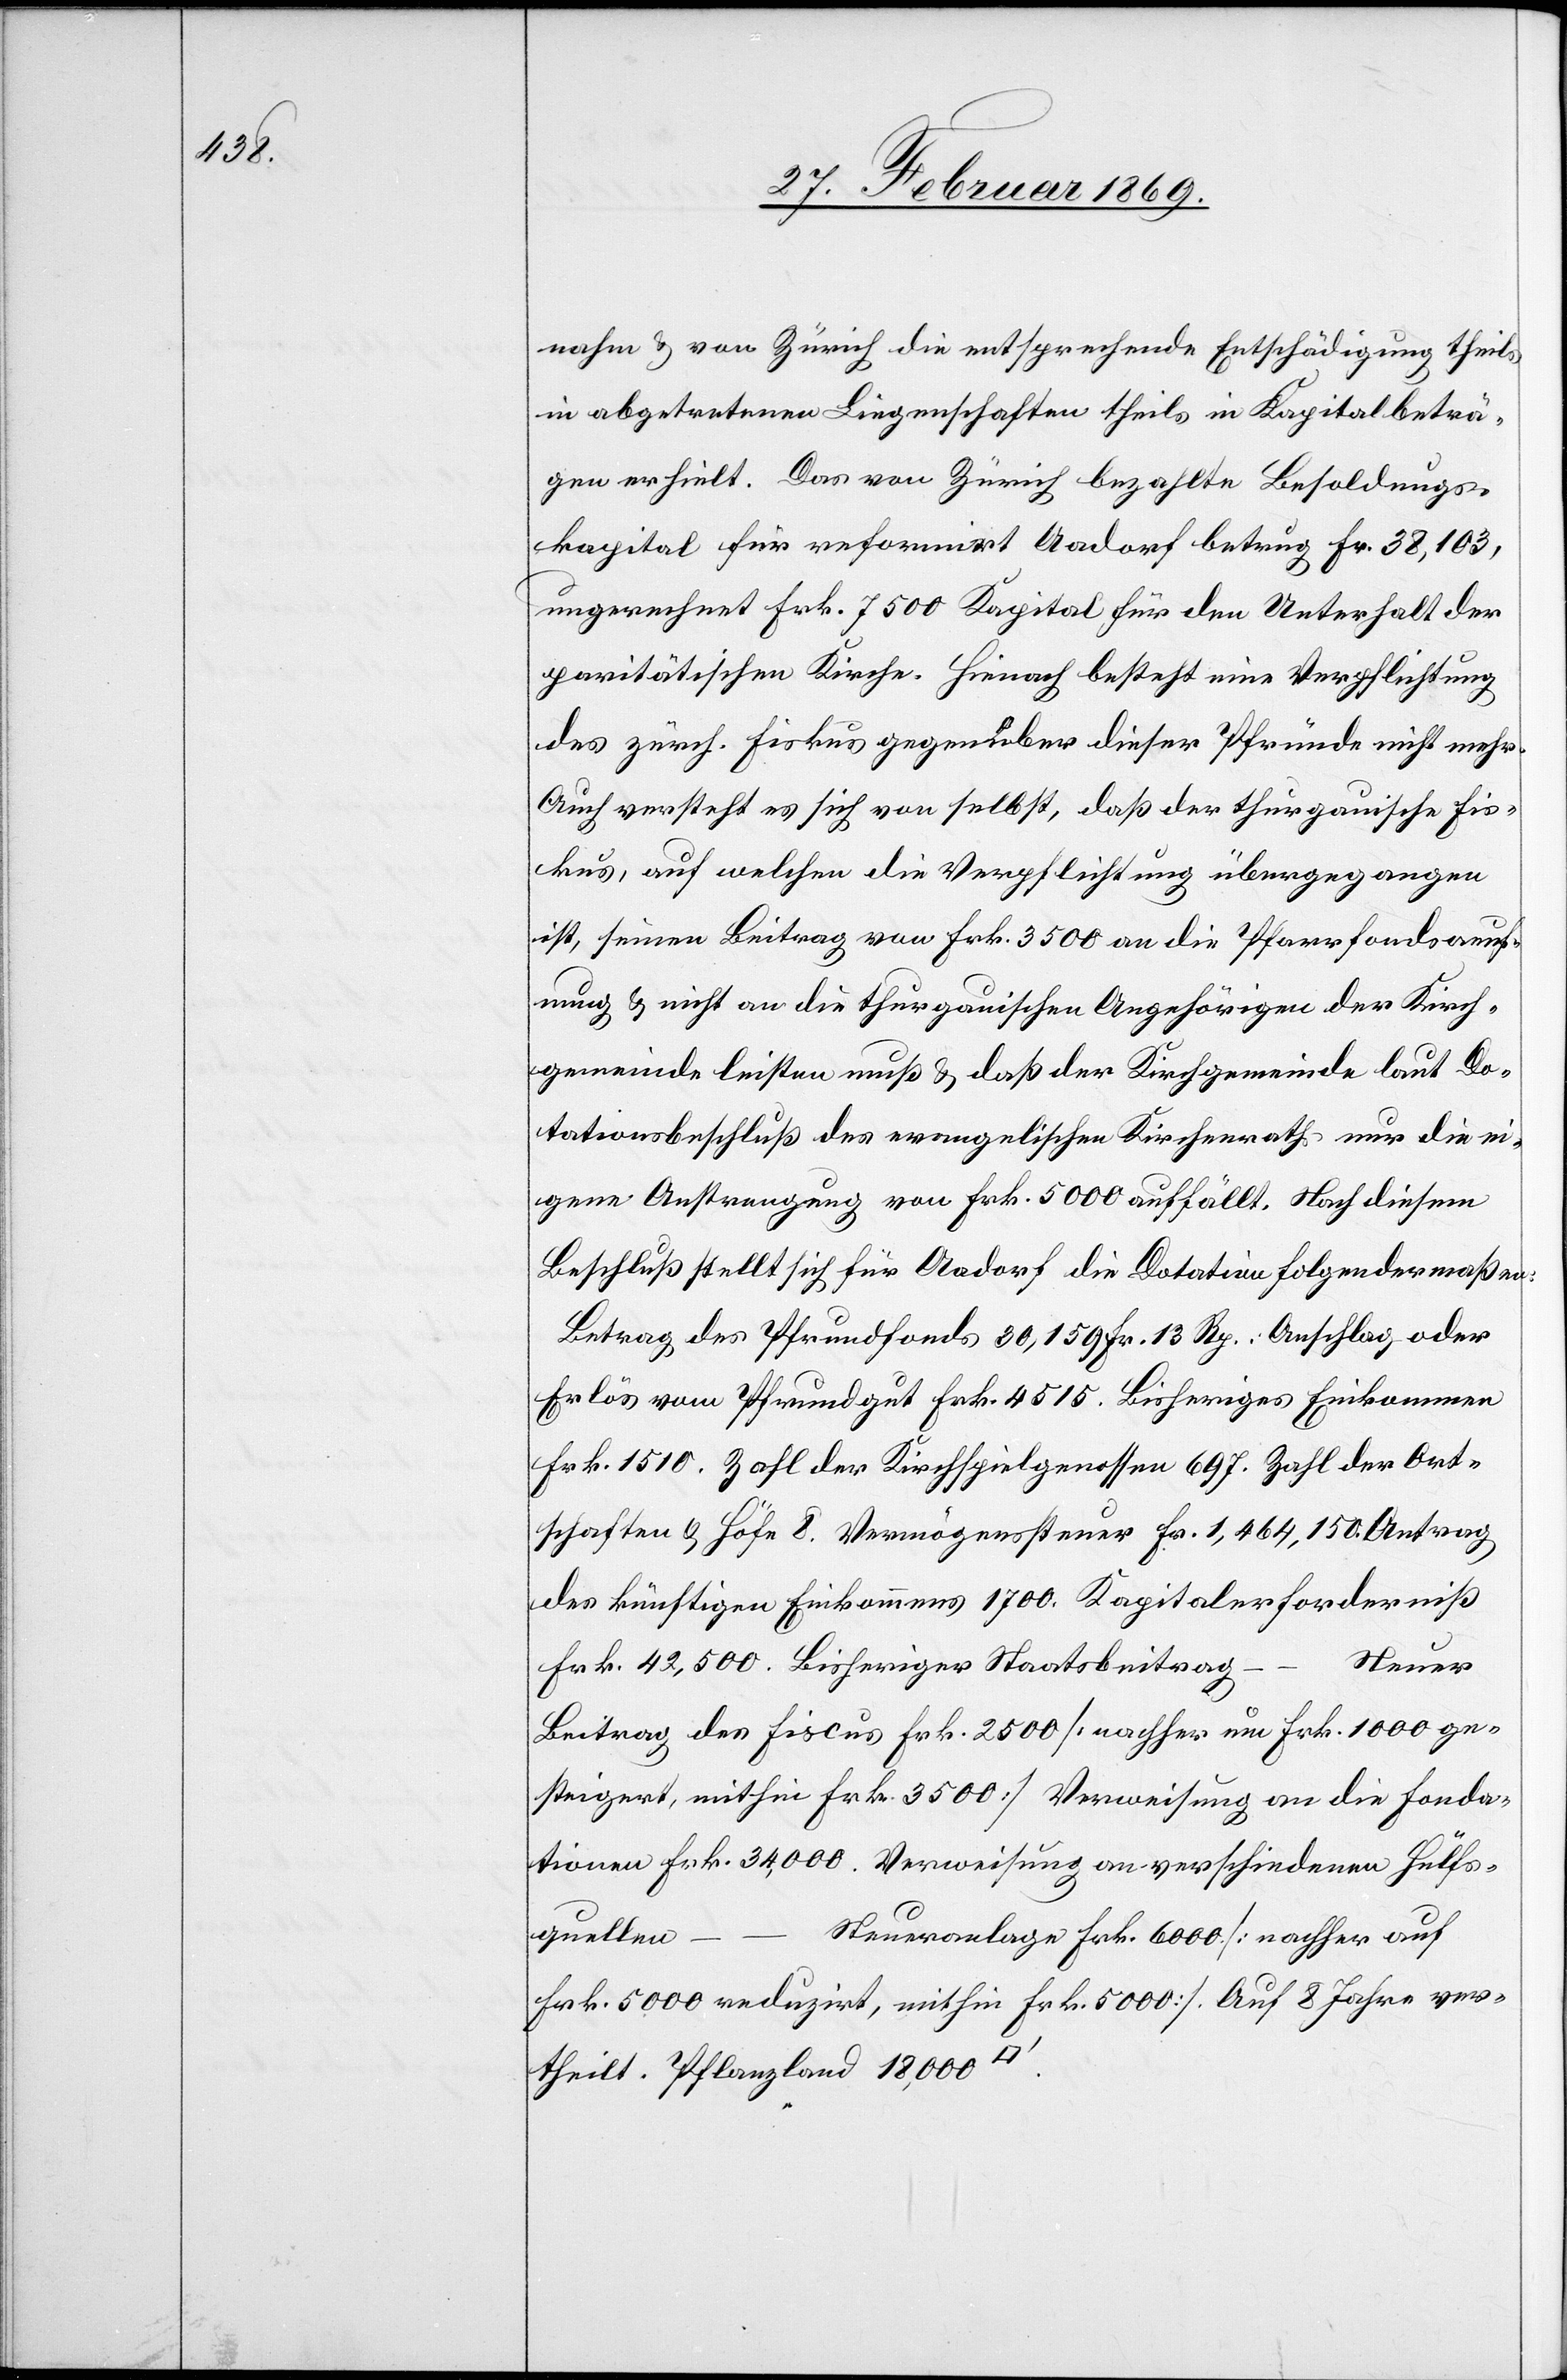
nahm & von Zürich die entsprechende Entschädigung theils
in abgetretenen Liegenschaften theils in Kapitalbeträ¬
gen erhielt. Das von Zürich bezahlte Besoldungs¬
kapital für reformirt Aadorf betrug Fr. 38,103,
umgerechnet Frk. 7500 Kapital für den Unterhalt der
paritätischen Kirche. Hienach besteht eine Verpflichtung
des zürch. Fiskus gegenüber dieser Pfründe nicht mehr.
Auch versteht es sich von selbst, daß der thurgauische Fis¬
kus, auf welchen die Verpflichtung übergegangen
ist, seinen Beitrag von Frk. 3500 an die Pfarrfondsaeuf¬
nung & nicht an die thurgauischen Angehörigen der Kirch¬
gemeinde leisten muß & daß der Kirchgemeinde laut Do¬
tationsbeschluß des evangelischen Kirchenraths nur die ei¬
gene Anstrengung von Frk. 5000 auffällt. Nach diesem
Beschluß stellt sich für Aadorf die Dotation folgendermaßen:
Betrag des Pfrundfonds 30,159 Fr. 13 Rp.: Anschlag oder
Erlös vom Pfrundgut Frk. 4515. Bisheriges Einkommen
Frk. 1510. Zahl der Kirchspielgenossen 697. Zahl der Ort¬
schaften & Höfe 8. Vermögenssteuer Fr. 1,464,150. Antrag
des künftigen Einkommens 1700. Kapitalerforderniß
–
Steuer
Frk. 42,500. Bisheriger Staatsbeitrag
Beitrag des Fiscus Frk. 2500 [welcher um Frk. 1000 ge¬
steigert, mithin Frk. 3500] Verweisung an die Fonda¬
tionen Frk. 34,000. Verweisung an verschiedenen Hülfs¬
quellen
Steueranlage Frk. 6000 [nachher auf
Frk. 5000 reduzirt, mithin Frk. 5000] Auf 8 Jahre ver¬
theilt. Pflanzland 18,000